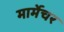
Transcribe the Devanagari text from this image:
मार्मेचर